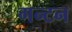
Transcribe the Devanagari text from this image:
गन्टन